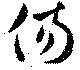
傷